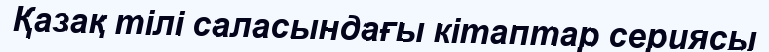
Қазақ тілі саласындағы кітаптар сериясы